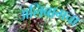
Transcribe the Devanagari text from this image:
अलिबागचा